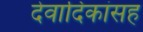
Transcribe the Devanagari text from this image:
देवादिकांसह